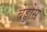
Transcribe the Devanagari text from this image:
बेड्डोस